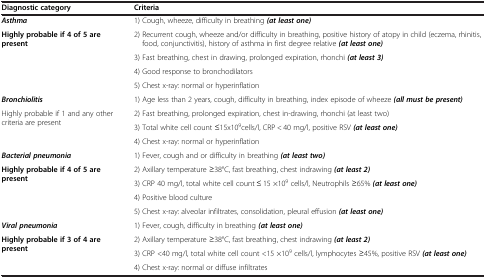
<table><thead><tr><td><b>Diagnostic category</b></td><td><b>Criteria</b></td></tr></thead><tbody><tr><td><b><i>Asthma</i></b></td><td>1) Cough, wheeze, difficulty in breathing <b><i>(at least one)</i></b></td></tr><tr><td rowspan="4"><b>Highly probable if 4 of 5 are present</b></td><td>2) Recurrent cough, wheeze and/or difficulty in breathing, positive history of atopy in child (eczema, rhinitis, food, conjunctivitis), history of asthma in first degree relative <b><i>(at least one)</i></b></td></tr><tr><td>3) Fast breathing, chest in drawing, prolonged expiration, rhonchi <b><i>(at least 3)</i></b></td></tr><tr><td>4) Good response to bronchodilators</td></tr><tr><td>5) Chest x-ray: normal or hyperinflation</td></tr><tr><td><b><i>Bronchiolitis</i></b></td><td>1) Age less than 2 years, cough, difficulty in breathing, index episode of wheeze <b><i>(all must be present)</i></b></td></tr><tr><td rowspan="3">Highly probable if 1 and any other criteria are present</td><td>2) Fast breathing, prolonged expiration, chest in-drawing, rhonchi (at least two)</td></tr><tr><td>3) Total white cell count ≤15x10<sup>9</sup>cells/l, CRP &lt; 40 mg/l, positive RSV <b><i>(at least one)</i></b></td></tr><tr><td>4) Chest x-ray: normal or hyperinflation</td></tr><tr><td><b><i>Bacterial pneumonia</i></b></td><td>1) Fever, cough and or difficulty in breathing <b><i>(at least two)</i></b></td></tr><tr><td rowspan="4"><b>Highly probable if 4 of 5 are present</b></td><td>2) Axillary temperature ≥38°C, fast breathing, chest indrawing <b><i>(at least 2)</i></b></td></tr><tr><td>3) CRP 40 mg/l, total white cell count ≤ 15 ×10<sup>9</sup> cells/l, Neutrophils ≥65% <b><i>(at least one)</i></b></td></tr><tr><td>4) Positive blood culture</td></tr><tr><td>5) Chest x-ray: alveolar infiltrates, consolidation, pleural effusion <b><i>(at least one)</i></b></td></tr><tr><td><b><i>Viral pneumonia</i></b></td><td>1) Fever, cough, difficulty in breathing <b><i>(at least one)</i></b></td></tr><tr><td rowspan="2"><b>Highly probable if 3 of 4 are present</b></td><td>2) Axillary temperature ≥38°C, fast breathing, chest indrawing <b><i>(at least 2)</i></b></td></tr><tr><td>3) CRP &lt;40 mg/l, total white cell count &lt;15 ×10<sup>9</sup> cells/l, lymphocytes ≥45%, positive RSV <b><i>(at least one)</i></b></td></tr><tr><td> </td><td>4) Chest x-ray: normal or diffuse infiltrates</td></tr></tbody></table>